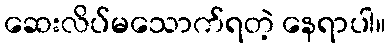
ဆေးလိပ်မသောက်ရတဲ့ နေရာပါ။